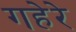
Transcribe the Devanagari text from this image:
गहेरे